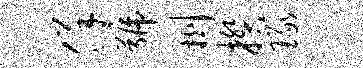
佯号劂揆琢